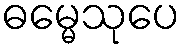
ဓမ္မေသုပေ